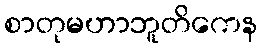
စာတုမဟာဘူတိကေန